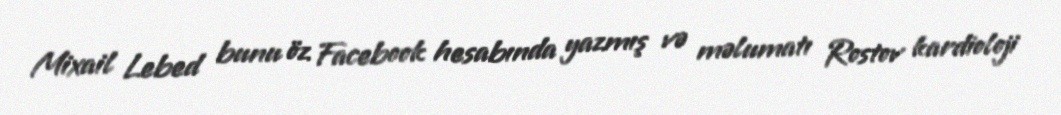
Mixail Lebed bunu öz Facebook hesabında yazmış və məlumatı Rostov kardioloji